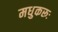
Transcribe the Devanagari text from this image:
मधुकरूः